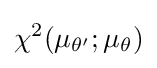
\chi ^{2}(\mu _{\theta '};\mu _{\theta })